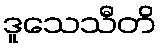
ဒူသေသီတိ